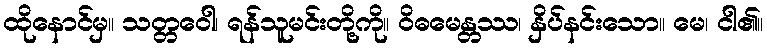
ထိုနောင်မှ။ သတ္တဝေါ၊ ရန်သူမင်းတို့ကို။ ဝိဓမေန္တဿ၊ နှိပ်နင်းသော။ မေ၊ ငါ၏။